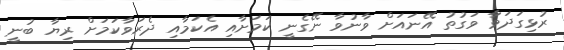
ރުޅިގަދަވާ ވަގުތު އޭނައަށް ވާނުވާ ނޭގެނީ ކަމަށާއި އެކަމާއި ދެރަވާކަމަށް ރިޔާ ބުނީ